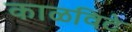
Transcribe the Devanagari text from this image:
काळविटे